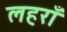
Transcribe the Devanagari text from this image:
लहराँ